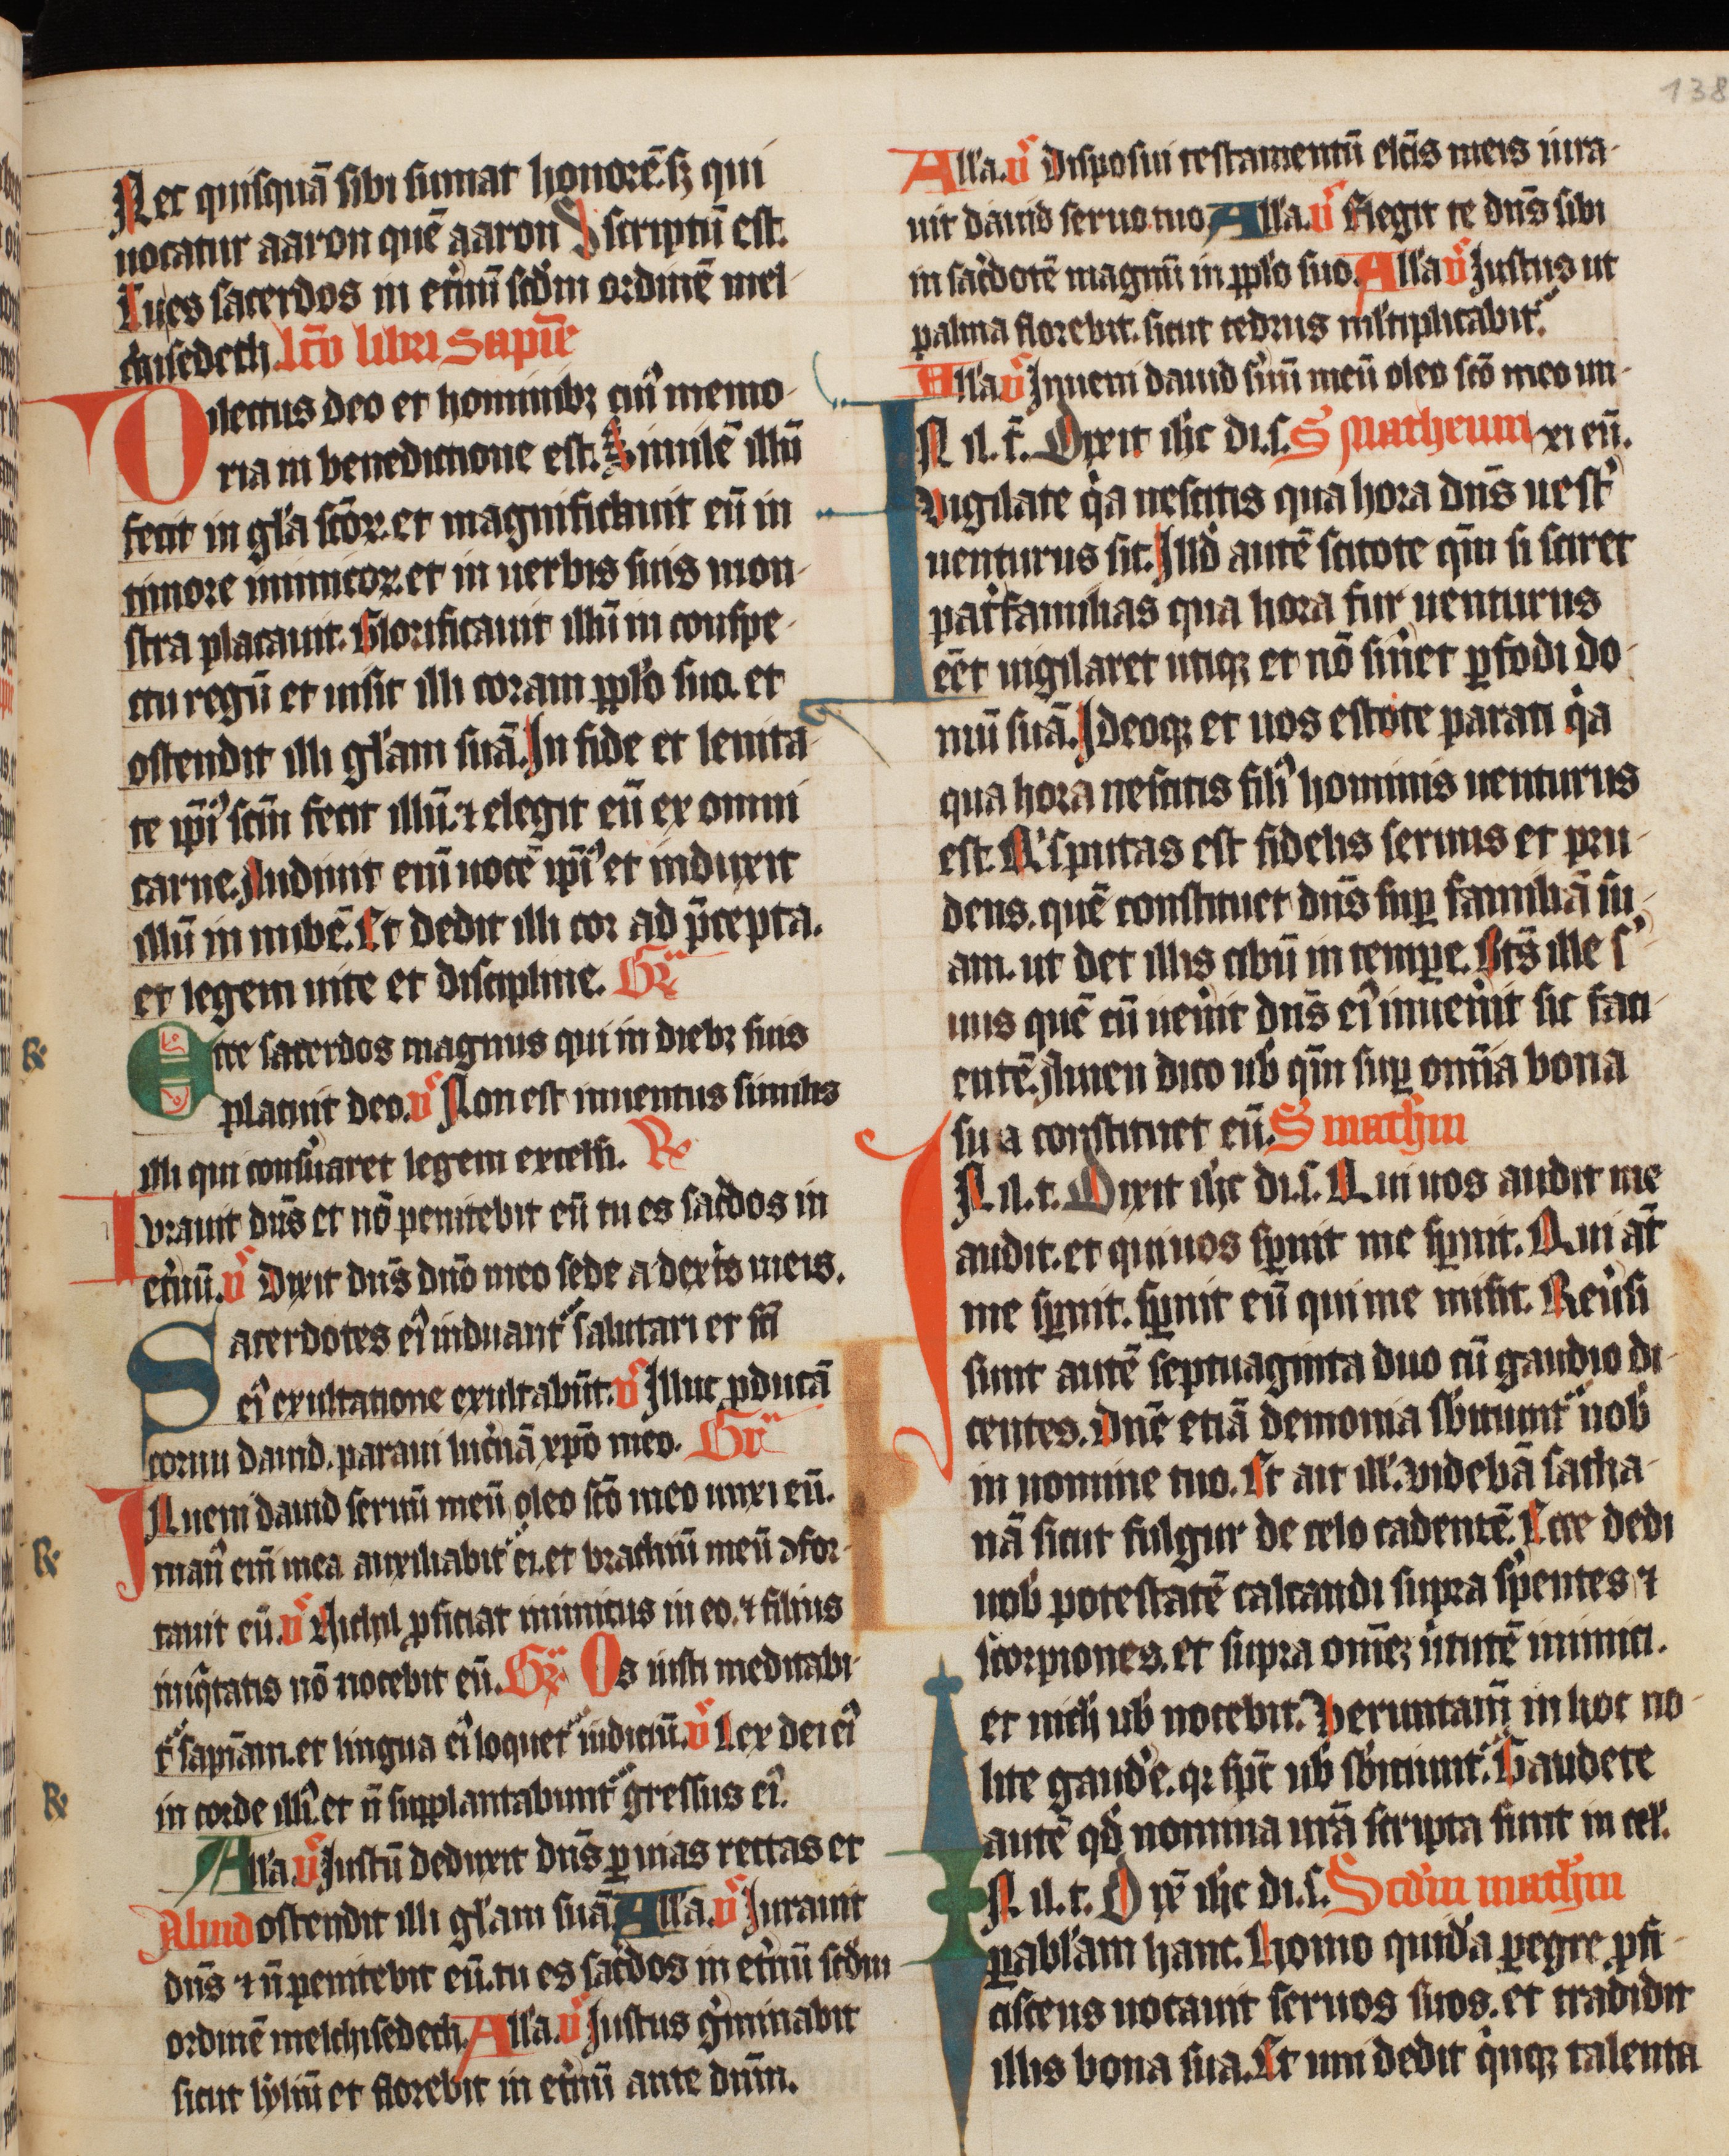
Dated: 1420–1429